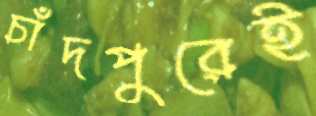
চাঁদপুরেই